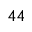
4 4